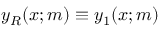
y _ { R } ( x ; m ) \equiv y _ { 1 } ( x ; m )